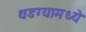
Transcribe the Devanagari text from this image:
थडग्यामध्ये